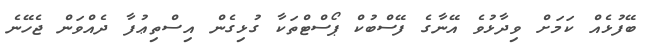
ބޭފުޅެއް ކަމަށް ވިދާޅުވެ އޭނާގެ ފޭސްބުކް ޕޯސްޓްތަކާ ގުޅިގެން އިސްތިޢުފާ ދެއްވަން ޖެހޭނެ